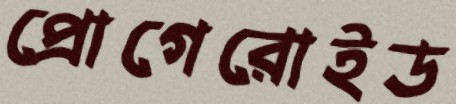
প্রোগেরোইড